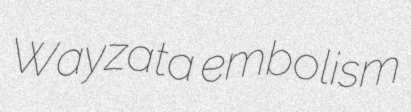
Wayzata embolism